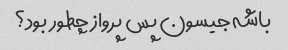
باشه جیسون پس پرواز چطور بود؟